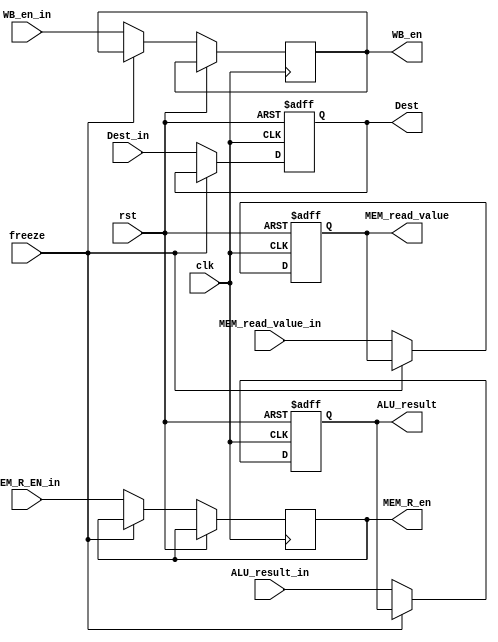
module MEM_Stage_reg(
	input clk,
	input rst,
	input freeze,
	input WB_en_in,
	input MEM_R_EN_in,

	input [31:0] ALU_result_in,
	
	input [31:0] MEM_read_value_in,
	input [4:0] Dest_in,

	output reg WB_en,
	output reg MEM_R_en,

	output reg [31:0] ALU_result,
	output reg [31:0] MEM_read_value,
	output reg [4:0] Dest
);
	always @(posedge clk, posedge rst) begin
		if(rst)
			{ALU_result, MEM_read_value, Dest} <= 69'b0;
		else if (freeze==0)
			{WB_en, MEM_R_en, ALU_result, MEM_read_value, Dest} <= {WB_en_in, MEM_R_EN_in, ALU_result_in, MEM_read_value_in, Dest_in};
	end
endmodule